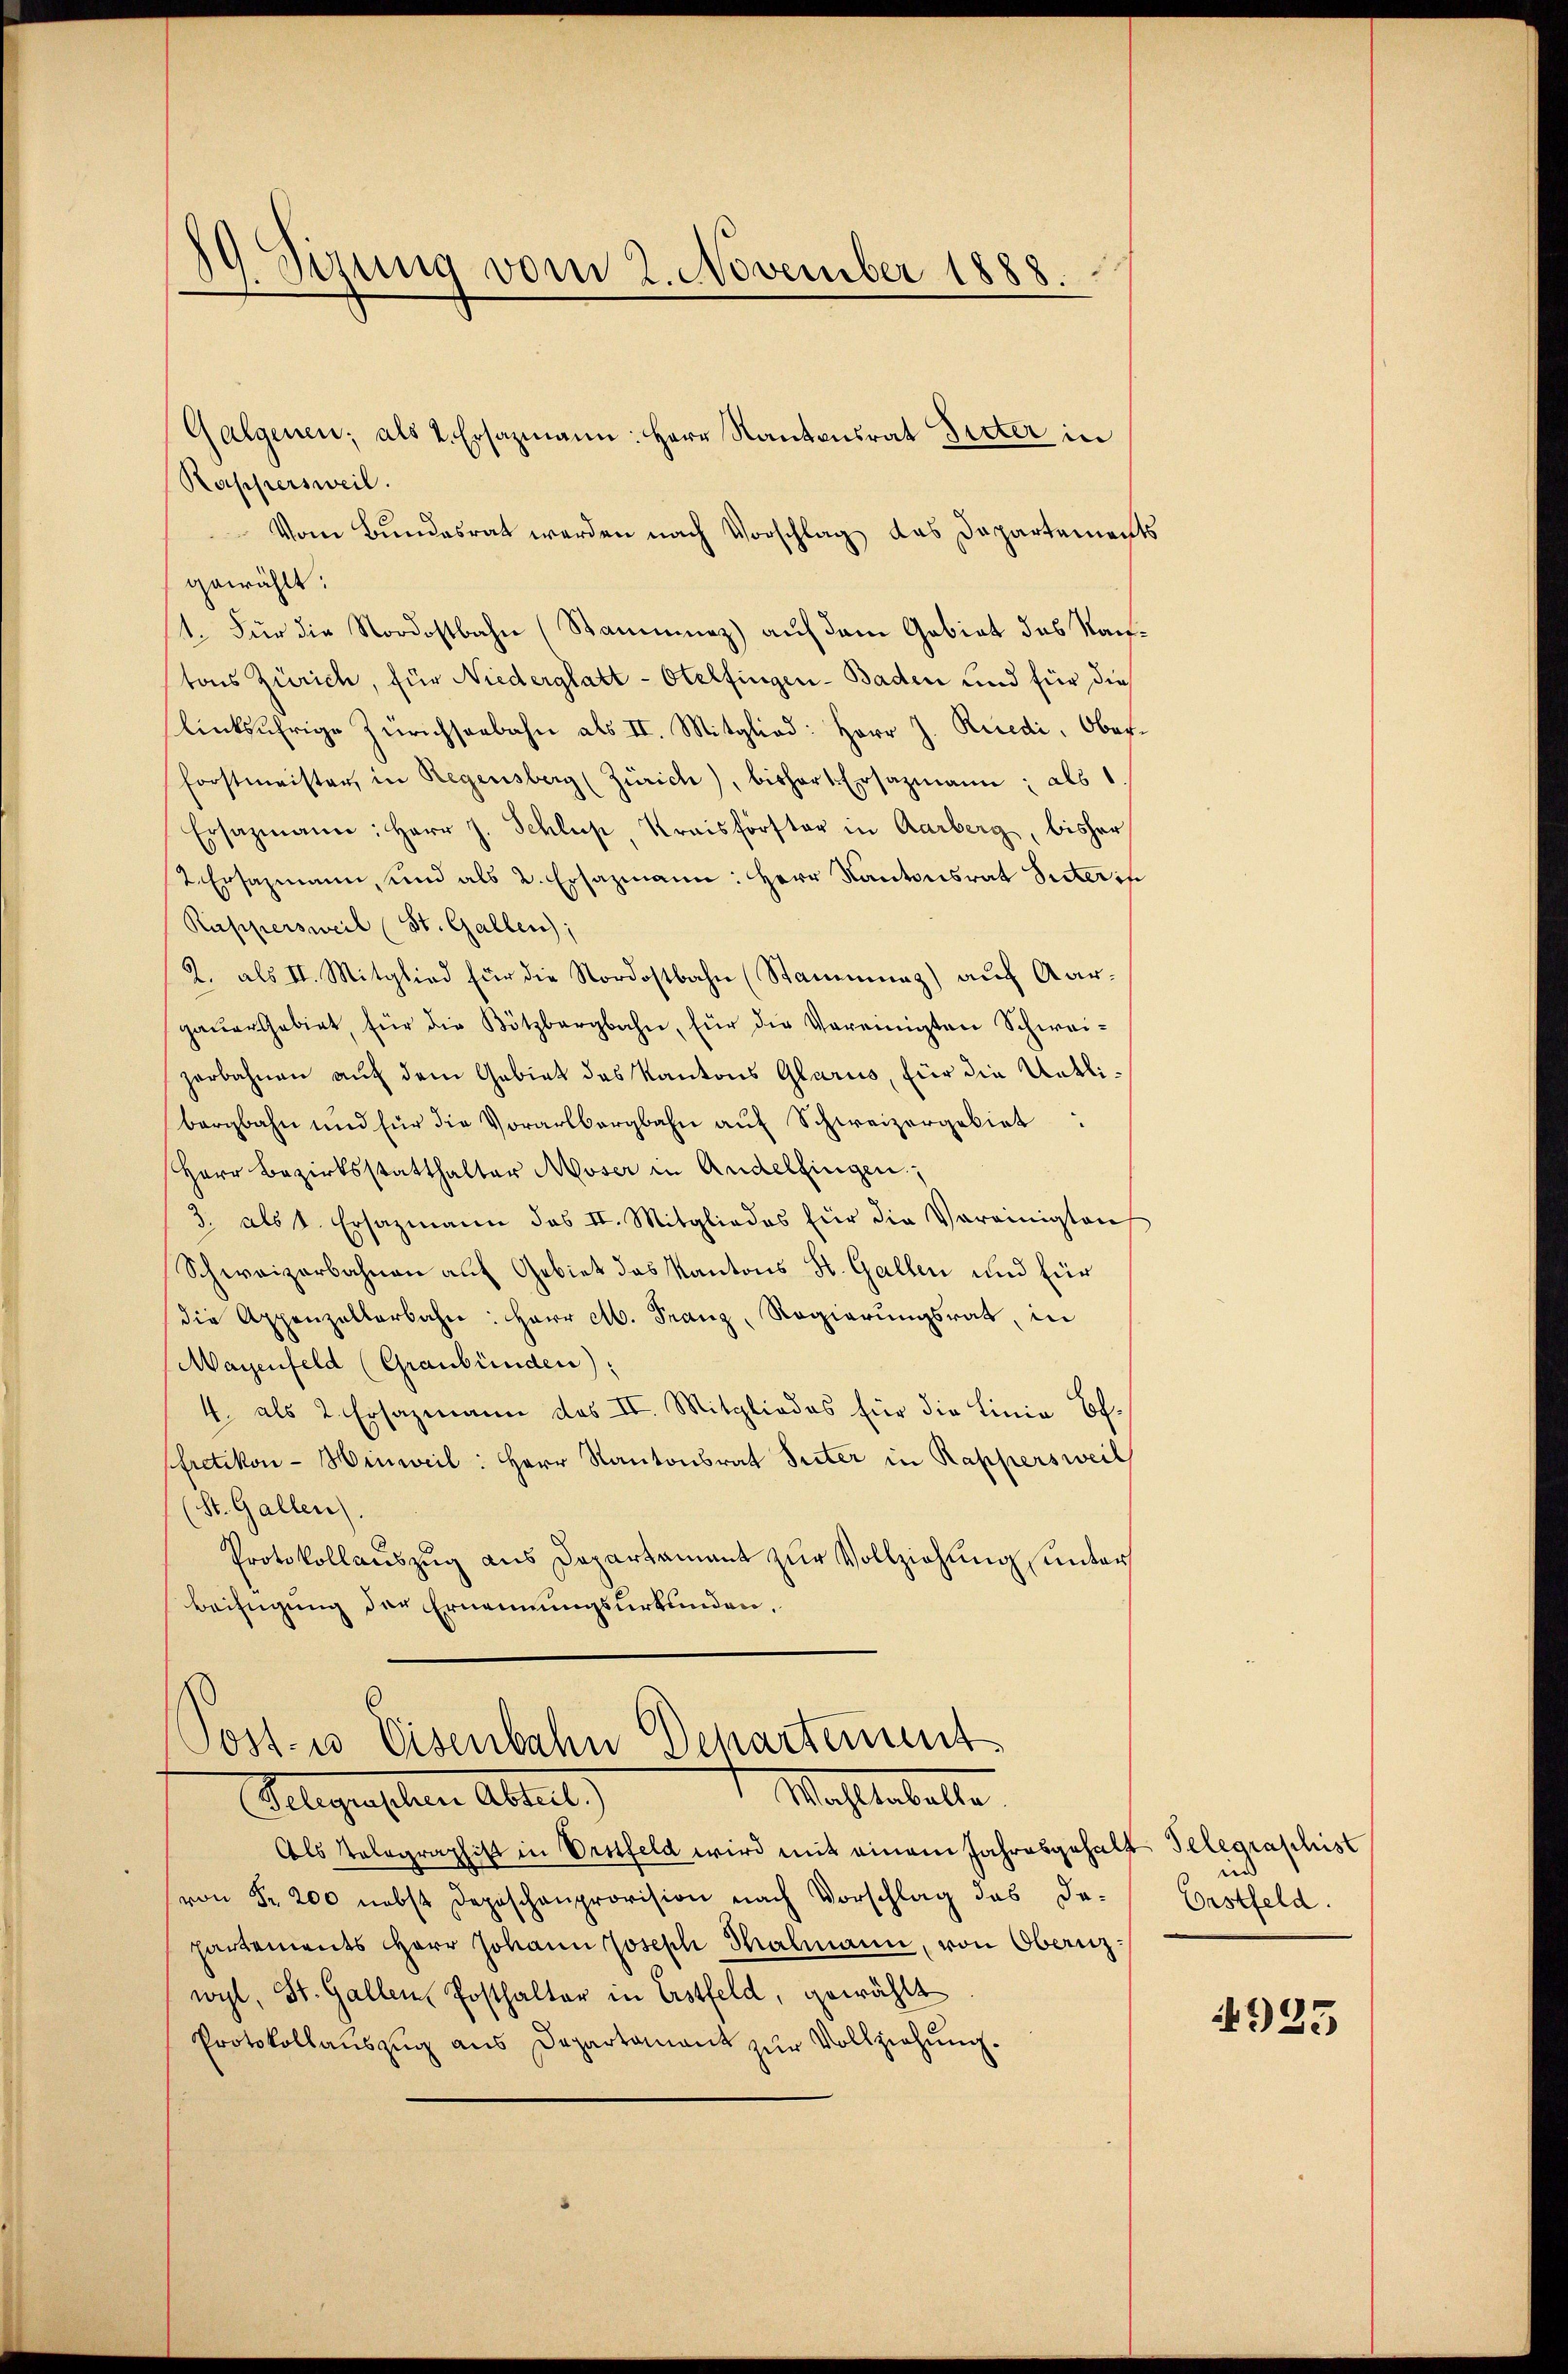
19. Sirung vom 2. November 1888.

Kappersweil.
Vom Bundesrat werden nach Vorschlag das Departements
gewählt:
1. Für die Nordostbahn (Stammnaz) auf dem Gebiet des Kantons Zürich, für Niederglatt - Otelfingen - Baden und für dies
linksufrige Zürichseebahn als II. Mitglied: Herr J. Rüedi, Oberforstmeister, in Regensberg (Zürich), bisher Ersazmann; als
Ersazmann: Herr J. Schluß, Kraisförster in Aarberg, bisher
2. Ersazmann, und als 2. Ersazmann: Herr Kantonsrat Sitter in
Rappersweil (St. Gallen;
2. als II. Mitglied für die Nordostbahn (Stammung) auf Aar-
gauer Gebiet für die Kötzbergbahn, für die Vereinigten Schwei-
zerbahnen auf dem Gebiet des Kantons Glarus, für die Uetlibergbahn und für die Vorarlbergbahn auf Schweizergebiet
Herr Bezirksstatthalter Moser in Andelfingen;
3. als 1. Ersazmann das II. Mitgliedes für die Vereinigten
Schweizerbahnen auf Gebiet das Kantons St. Gallen und für
die Appenzellerbahn: Herr A. Franz, Regierungsrat, in
Mayenfeld (Graubünden):
4. als 2. Ersazmann des II. Mitgliedes für die Linie Of-
Pfretikon - Hinweil: Herr Kantonsrat Suter in Rappersweil
(St. Gallen
Protokollauszug aus Departament zur Vollziehung unter
Beifügung der Ernennungsurkunden,

Galgenen; als 2. Ersazmann: Herr Kantonsrat Bieter in

Als Telegraphist in Orstfeld wird mit einem Jahresgehab
von Fr. 200 nebst Depeschenprovision nach Vorschlag des da-
partements Herr Johann Joseph Thalmann, von Obernz:
wyl, St. Gallen Posthalter in Erstfeld, gewählt
Protokollauszug aus Departament zur Vollziehung.

Post- u Eisenbahn Dchartement
Mahlenballe
Gelegensten Ablat)

4. Telegraschist
ind
Erstfeld.

4925